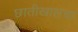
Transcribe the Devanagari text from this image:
छातीखालचा